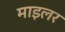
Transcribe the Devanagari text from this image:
माइलर